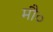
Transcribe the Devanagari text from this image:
मौ०